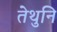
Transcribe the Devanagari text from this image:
तेथुनि